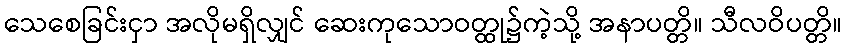
သေစေခြင်းငှာ အလိုမရှိလျှင် ဆေးကုသောဝတ္ထု၌ကဲ့သို့ အနာပတ္တိ။ သီလဝိပတ္တိ။